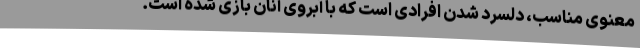
معنوی مناسب، دلسرد شدن افرادی است که با آبروی آنان بازی شده است.